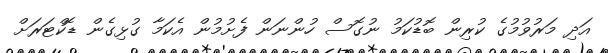
އަދި މަރުވުމުގެ ކުރިން ބޮޑުކަމު ނުގޮސް ހުންނަން ފެށުމުން އެކަމާ ގުޅިގެން ޑޮކްޓަރަށް